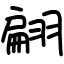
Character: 翩